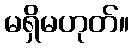
မရှိမဟုတ်။